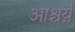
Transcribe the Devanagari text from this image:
आश्चर्य़